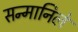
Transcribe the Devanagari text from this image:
सन्मानिले